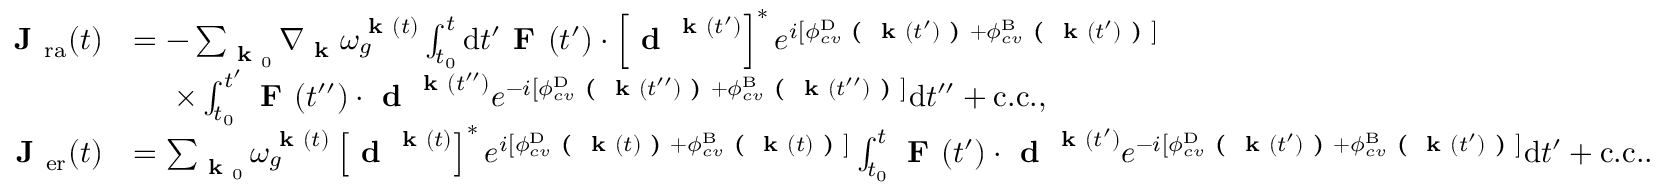
\begin{array} { r l } { \textbf { J } _ { \mathrm { r a } } ( t ) } & { = - \sum _ { \textbf { k } _ { 0 } } \nabla _ { \textbf { k } } \omega _ { g } ^ { \textbf { k } ( t ) } \int _ { t _ { 0 } } ^ { t } \mathrm { d } t ^ { \prime } \textbf { F } ( t ^ { \prime } ) \cdot \left[ \textbf { d } ^ { \textbf { k } ( t ^ { \prime } ) } \right] ^ { * } e ^ { i \left[ \phi _ { c v } ^ { \mathrm { D } } \textbf { ( } \textbf { k } ( t ^ { \prime } ) \textbf { ) } + \phi _ { c v } ^ { \mathrm { B } } \textbf { ( } \textbf { k } ( t ^ { \prime } ) \textbf { ) } \right] } } \\ & { \ \ \ \ \times \int _ { t _ { 0 } } ^ { t ^ { \prime } } \textbf { F } ( t ^ { \prime \prime } ) \cdot \textbf { d } ^ { \textbf { k } ( t ^ { \prime \prime } ) } e ^ { - i \left[ \phi _ { c v } ^ { \mathrm { D } } \textbf { ( } \textbf { k } ( t ^ { \prime \prime } ) \textbf { ) } + \phi _ { c v } ^ { \mathrm { B } } \textbf { ( } \textbf { k } ( t ^ { \prime \prime } ) \textbf { ) } \right] } \mathrm { d } t ^ { \prime \prime } + \mathrm { c . c . } , } \\ { \textbf { J } _ { \mathrm { e r } } ( t ) } & { = \sum _ { \textbf { k } _ { 0 } } \omega _ { g } ^ { \textbf { k } ( t ) } \left[ \textbf { d } ^ { \textbf { k } ( t ) } \right] ^ { * } e ^ { i \left[ \phi _ { c v } ^ { \mathrm { D } } \textbf { ( } \textbf { k } ( t ) \textbf { ) } + \phi _ { c v } ^ { \mathrm { B } } \textbf { ( } \textbf { k } ( t ) \textbf { ) } \right] } \int _ { t _ { 0 } } ^ { t } \textbf { F } ( t ^ { \prime } ) \cdot \textbf { d } ^ { \textbf { k } ( t ^ { \prime } ) } e ^ { - i \left[ \phi _ { c v } ^ { \mathrm { D } } \textbf { ( } \textbf { k } ( t ^ { \prime } ) \textbf { ) } + \phi _ { c v } ^ { \mathrm { B } } \textbf { ( } \textbf { k } ( t ^ { \prime } ) \textbf { ) } \right] } \mathrm { d } t ^ { \prime } + \mathrm { c . c . } . } \end{array}